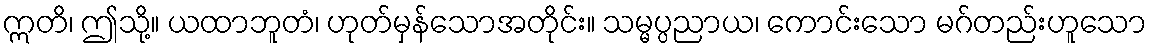
ဣတိ၊ ဤသို့။ ယထာဘူတံ၊ ဟုတ်မှန်သောအတိုင်း။ သမ္မပ္ပညာယ၊ ကောင်းသော မဂ်တည်းဟူသော